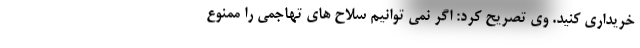
خریداری کنید. وی تصریح کرد: اگر نمی توانیم سلاح های تهاجمی را ممنوع